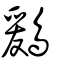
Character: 鶢